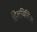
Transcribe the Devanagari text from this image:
हिलविलिस